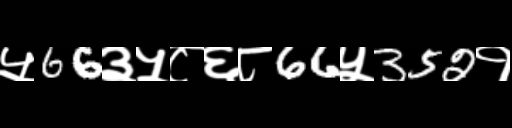
Text: ५66३५८६८66५352१